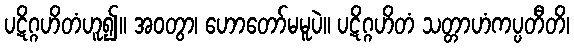
ပဋိဂ္ဂဟိတံဟူ၍။ အဝတွာ၊ ဟောတော်မမူပဲ။ ပဋိဂ္ဂဟိတံ သတ္တာဟံကပ္ပတီတိ၊